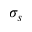
\sigma _ { s }